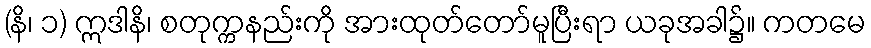
(နိ၊ ၁) ဣဒါနိ၊ စတုက္ကနည်းကို အားထုတ်တော်မူပြီးရာ ယခုအခါ၌။ ကတမေ